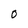
Character: O